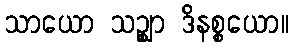
သာယော သဉ္ဈာ ဒိနစ္စယော။